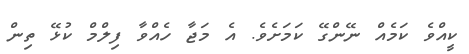
ކީއްވެ ކަމެއް ނޭންގޭ ކަމަށެވެ. އެ މަޖާ ހެއްވާ ފިލްމް ކުޅޭ ތިން